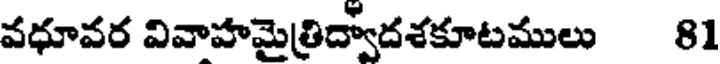
వధూవర వివాహమైత్రిద్వాదశకూటములు 81